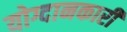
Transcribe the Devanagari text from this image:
योग्दानकारी